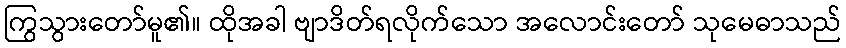
ကြွသွားတော်မူ၏။ ထိုအခါ ဗျာဒိတ်ရလိုက်သော အလောင်းတော် သုမေဓာသည်